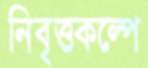
নিবৃত্তকল্পে